Trukikaitis_Postimees, lk 67
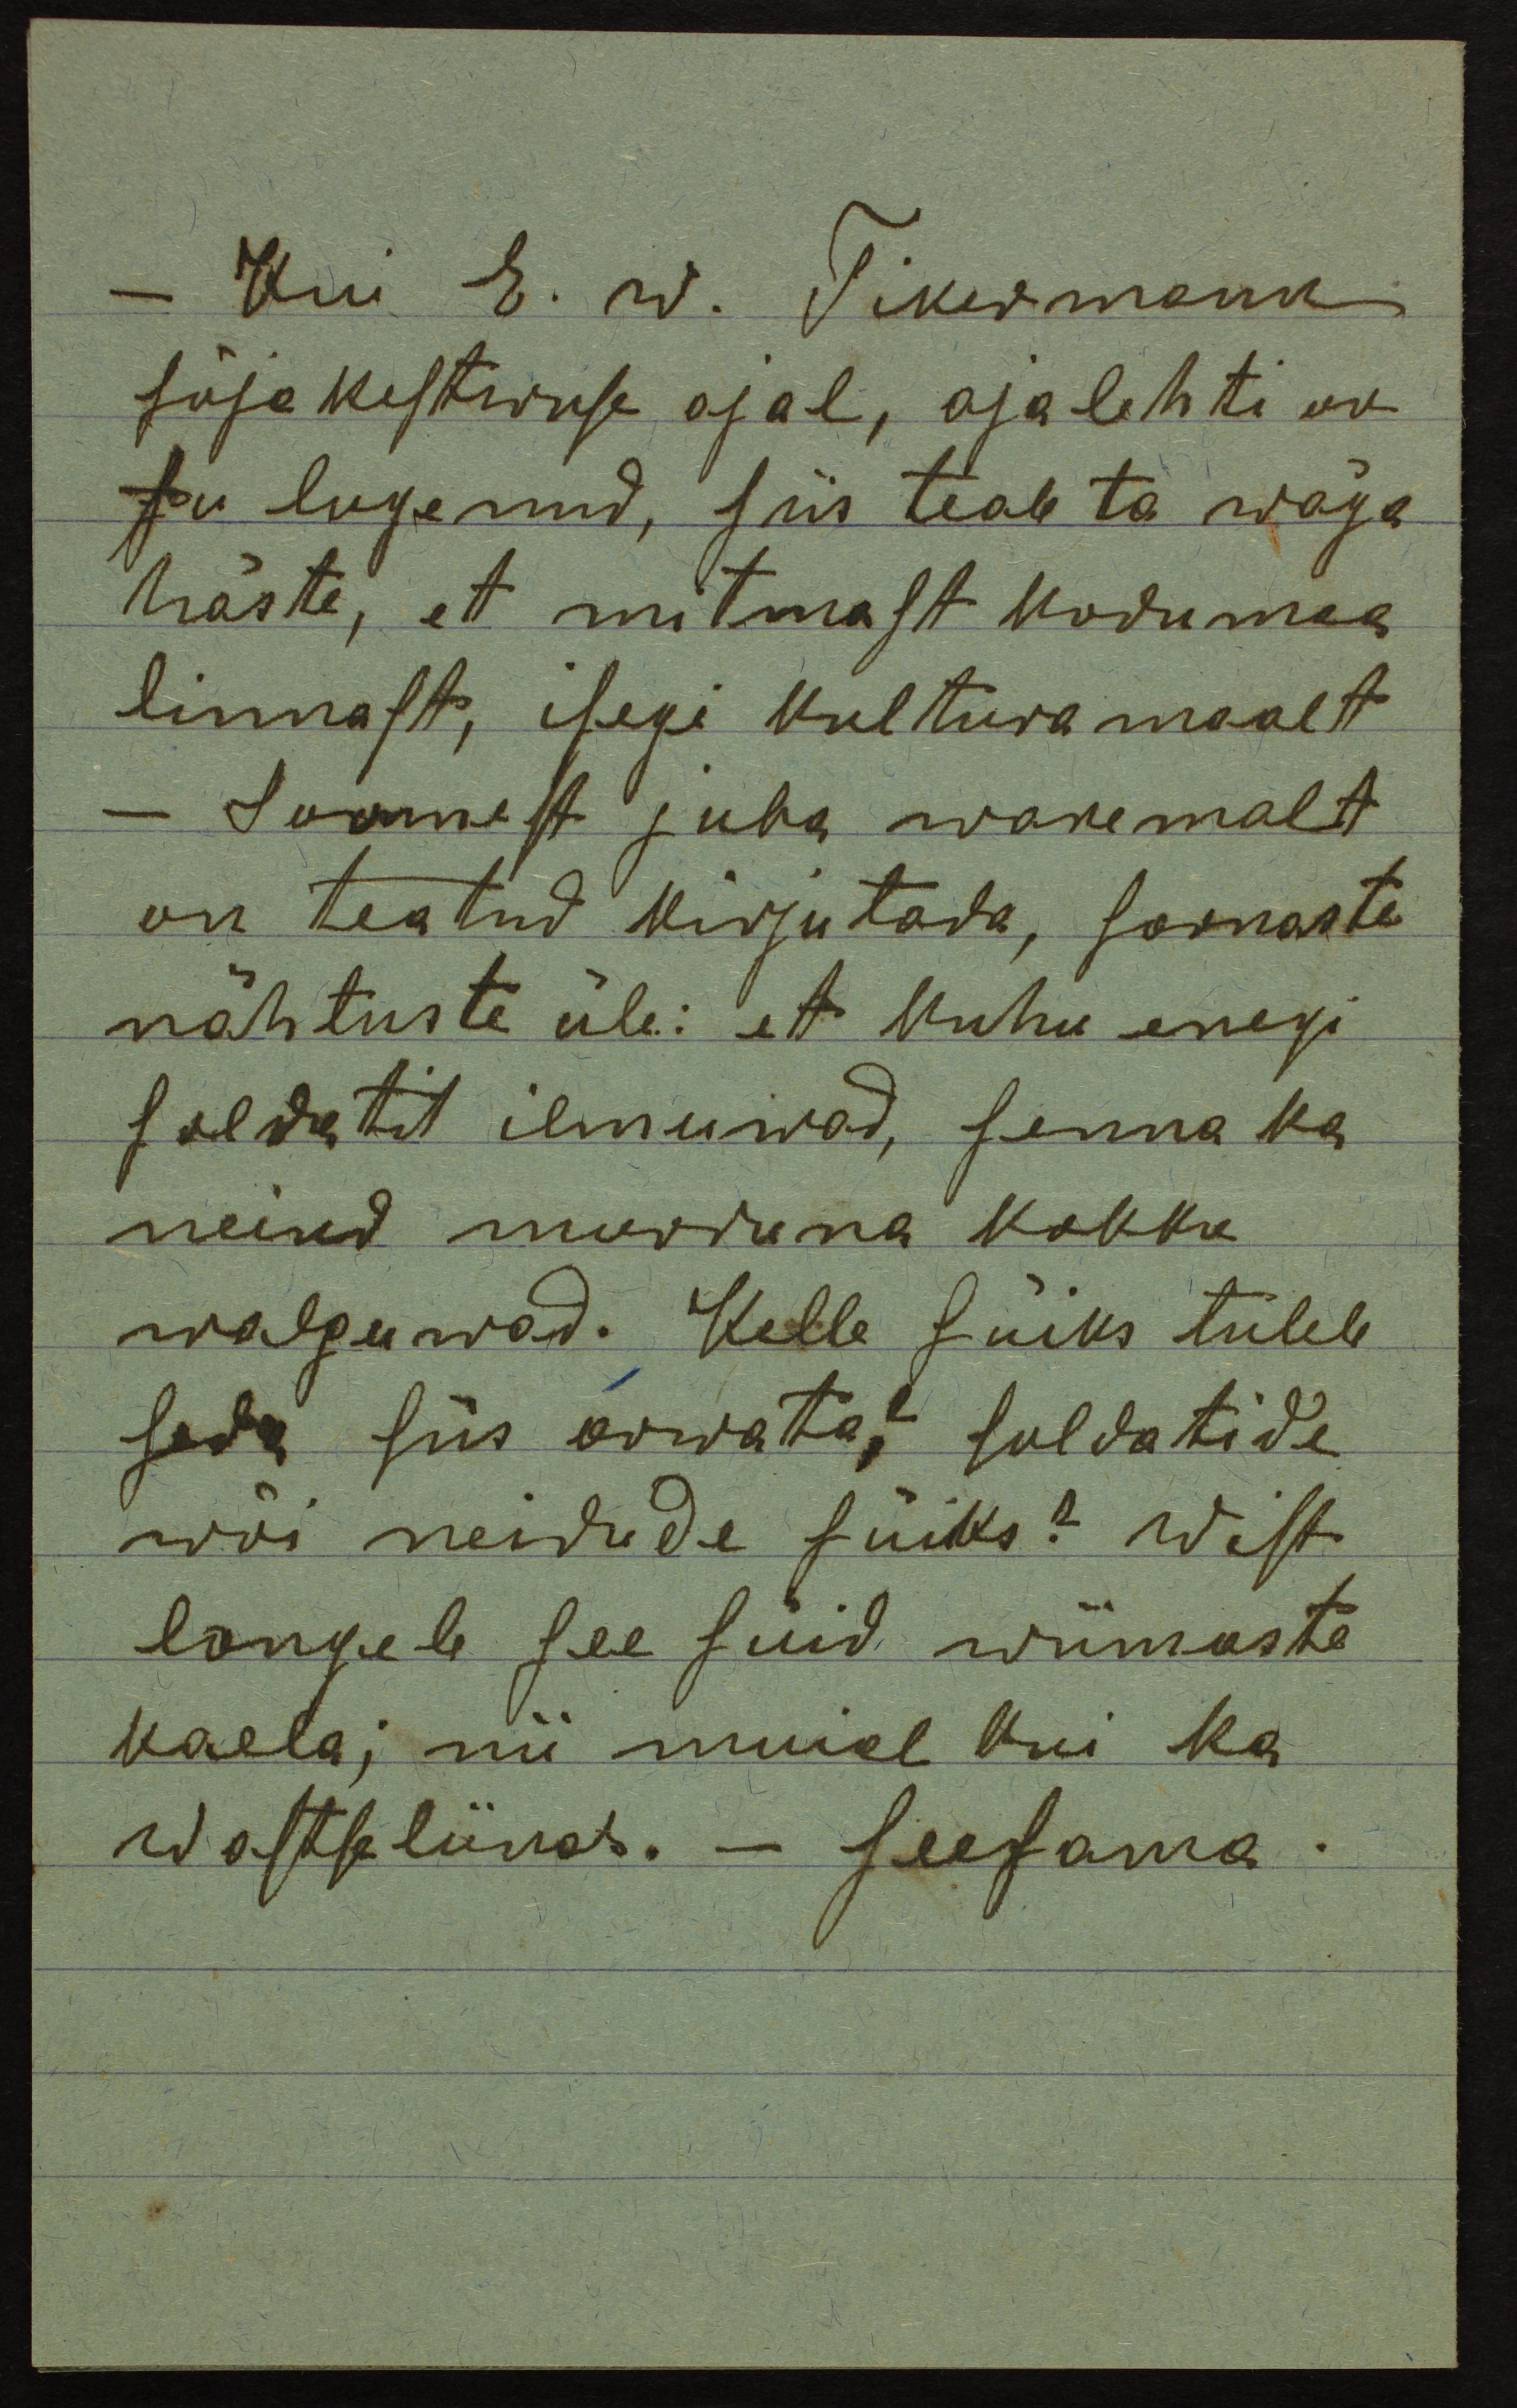
Kui E. w. Tikermann
sõjakestwuse ajal, ajalehti on
su lugenud, siis teab ta wäga
hästi, et mitmast kodumaa
linnast, isegi Kultura maalt
Soomest juba waremalt
on teatud kirjutada, sarnaste
nähtuste üle: et Kuhu enegi
soldatit ilmuwad, senna ka
neiud murduna kokku
walguwad. Kelle süiks tuleb
seda siis arwata? suldatide
wöi neidude süiks? Wist
langeb see süid wiimaste
kaela; nii muid kui ka
wastseliinas. - seesama.